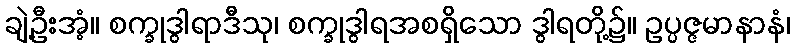
ချဲ့ဦးအံ့။ စက္ခုဒွါရာဒီသု၊ စက္ခုဒွါရအစရှိသော ဒွါရတို့၌။ ဥပ္ပဇ္ဇမာနာနံ၊